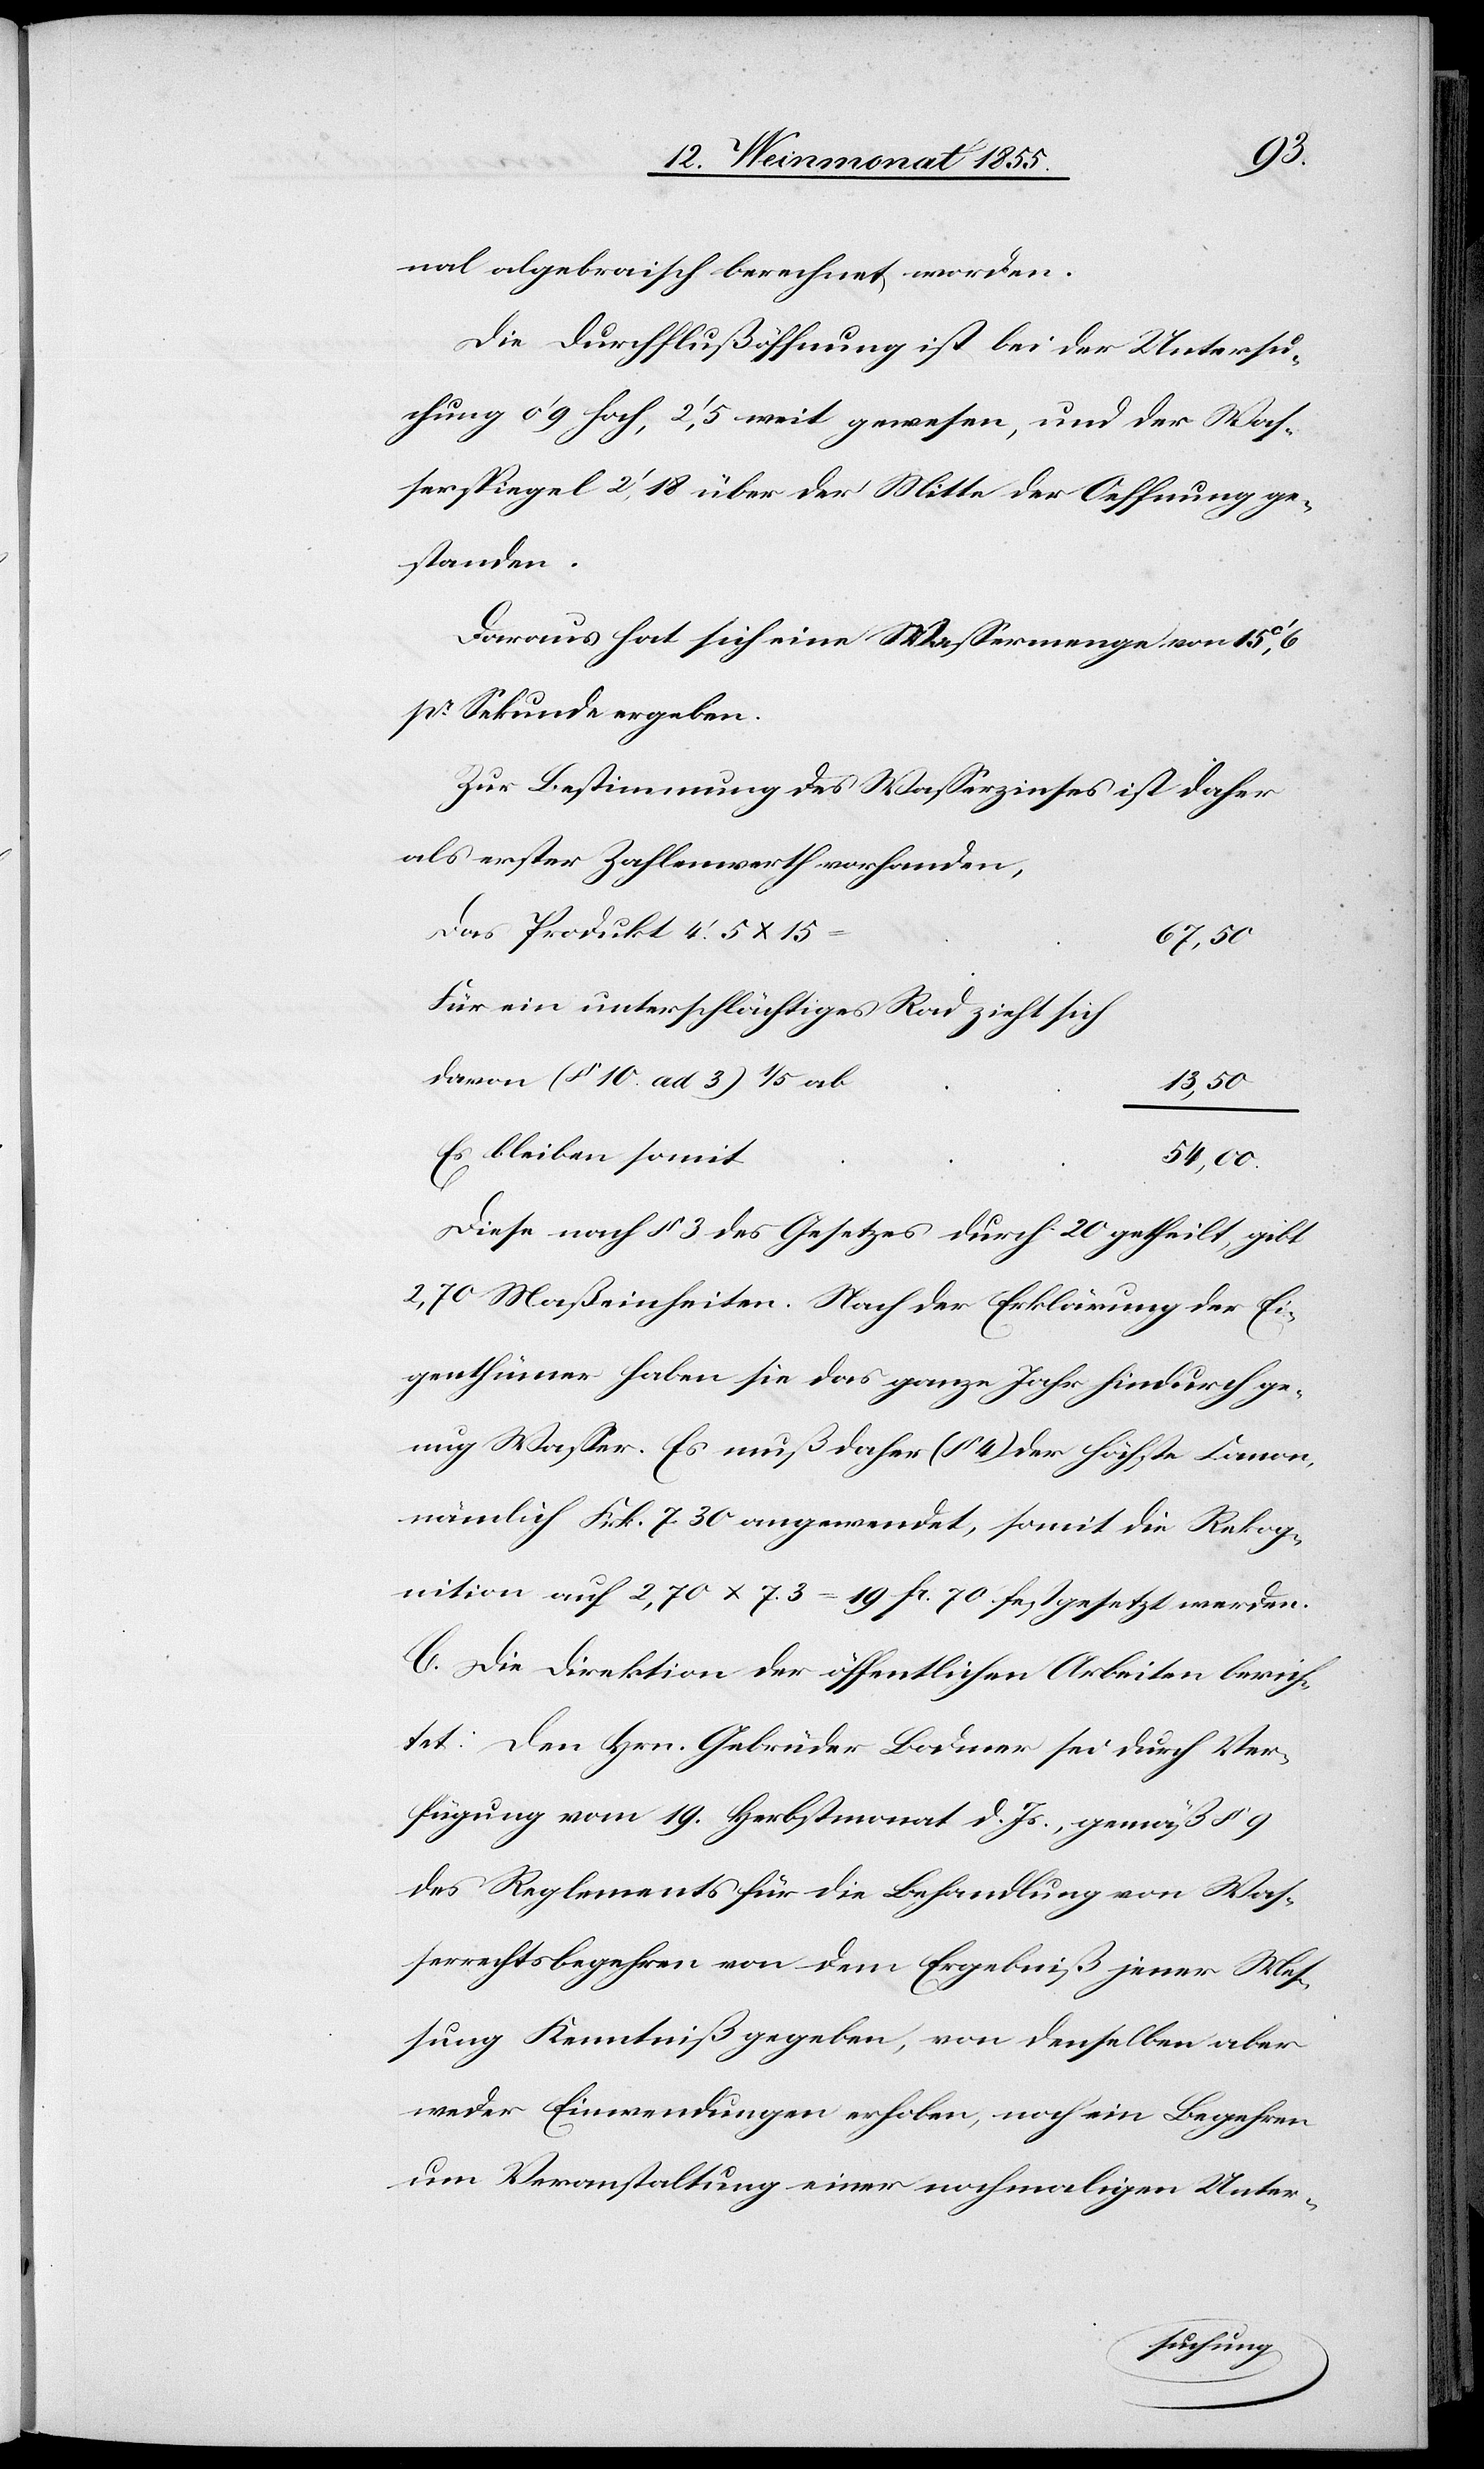
nal algebraisch berechnet worden.
Die Durchflußöffnung ist bei der Untersu¬
chung 0‘ 9 hoch, 2‘, 5 weit gewesen, und der Was¬
serspiegel 2‘, 18 über der Mitte der Oeffnung ge¬
standen.
Daraus hat sich eine Wassermenge von 15c‘, 6
pr. Sekunde ergeben.
Zur Bestimmung des Wasserzinses ist daher
als erster Zahlenwerth vorhanden,
Das Produkt 4.‘ 5 x 15
67,50
Für ein unterschlächtiges Rad zieht sich
davon (§ 10 ad 3) 1/5 ab
13,50
Es bleiben somit
54,00.
Diese nach § 3 des Gesetzes durch 20 getheilt, gibt
2,70 Maßeinheiten. Nach der Erklärung der Ei¬
genthümer haben sie das ganze Jahr hindurch ge¬
nug Wasser. Es muß daher (§ 4) der höchste Canon,
nämlich Frk. 7. 30 angewendet, somit die Rekog¬
nition auf 2,70 x 7.3 = 19 Fr. 70. festgesetzt werden.
C. Die Direktion der öffentlichen Arbeiten berich¬
tet: Den Hrn. Gebrüder Bodmer sei durch Ver¬
fügung vom 19. Herbstmonat d. Js., gemäß § 9
des Reglements für die Behandlung von Was¬
serrechtsbegehren von dem Ergebniß jener Mes¬
sung Kenntniß gegeben, von denselben aber
weder Einwendungen erhoben, noch ein Begehren
um Veranstaltung einer nochmaligen Unter-